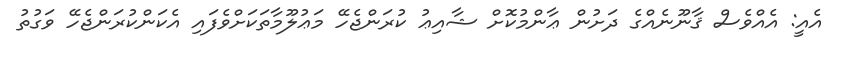
އެއީ: އެއްވެސް ޤާނޫނެއްގެ ދަށުން ޢާންމުކޮށް ޝާއިޢު ކުރަންޖެހޭ މަޢުލޫމާތަކަށްވެފައި އެކަންކުރަންޖެހޭ ވަގުތު